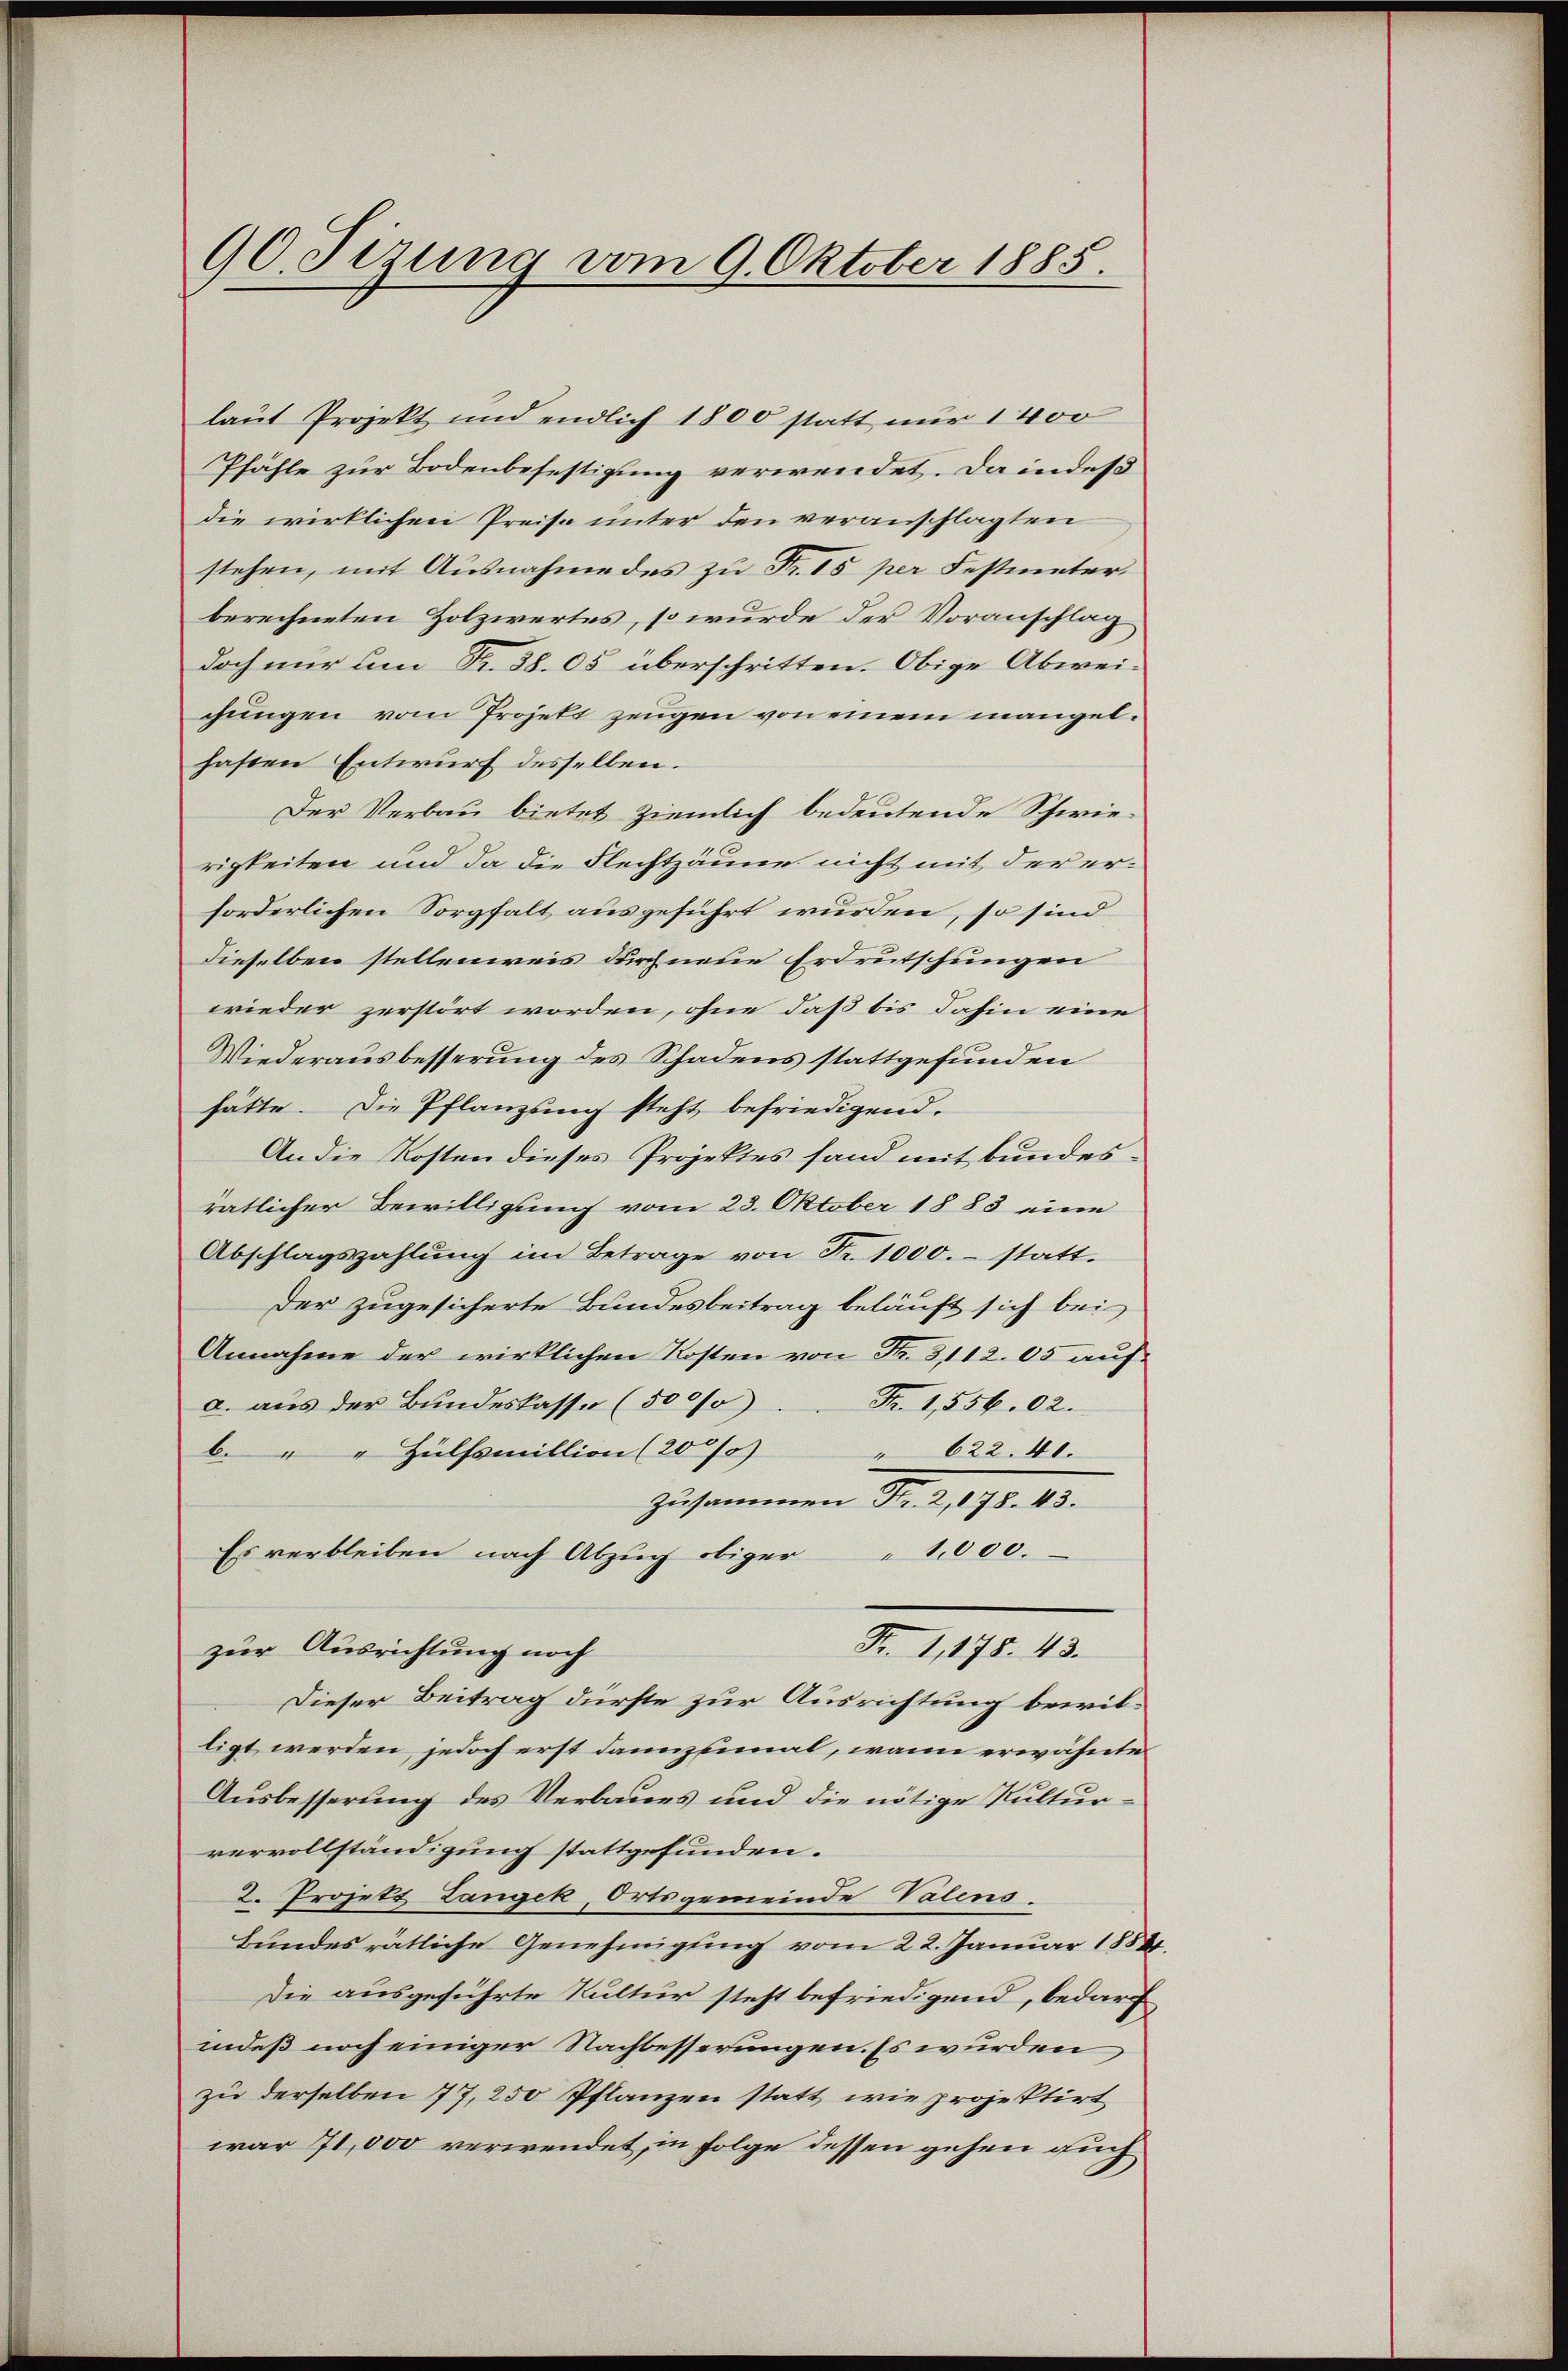
90. Sizung vom 9. Oktober 1885.

laut Projekt und endlich 1800 statt nur 1400
Pfähle zur Bodenbefestigung verwendet. Da indeß
die wirklichen Preise unter den veranschlagten
stehen, mit Ausnahme des zu Fr. 15 per Festmeter.
berechneten Holzwertes, so wurde der Voranschlag
doch nur um Fr. 38. 05 überschritten. Obige Abweichungen vom Projekt zeugen von einem mangelhasten Entwurf desselben.
Der Verbau bietet ziemlich bedeutende Schwierigkeiten und da die Flechtzäune nicht mit der erforderlichen Sorgfalt ausgeführt wurden, so sind
dieselben stellenweis durch neue Erdrutschungen
wieder zerstört worden, ohne daß bis dahin eine
Wiederausbesserung des Schadens stattgefunden
hätte. Die Pflanzung steht befriedigend.
An die Kosten dieses Projektes fand mit bundesratlicher Bewilligung vom 23. Oktober 1883 eine
Abschlagszahlŭng im Betrage von Fr. 1000.- statt.
Der zugesicherte Bundesbeitrag beläuft sich bei
Annahme der wirklichen Kosten von Fr. 312. 05 aufa. aus der Bundeskasse (500%)
Fr. 1,556. 02.
b. " " Hülfsmillion (20 % " 622. 41.
zusammen Fr. 2. 190. 15.
Es verbleiben nach Abzug obiger "1,000.
Fr. 1,178. 43.
zur Ausrichtung noch
Dieser Beitrag dürfte zur Ausrichtung bewilligt werden, jedoch erst dannzumal, wann erwähnte
Ausbesserung des Verbaues und die nötige Kulturvervollständigung stattgefunden.
2. Projekt Langek, Ortsgemeinde Valens-
Bundesrätliche Genehmigung vom 22. Januar 1884.
Die ausgeführte Kultur steht befriedigend, bedarff
indeß noch einiger Nachbesserungen. Es wurden
zu derselben 77, 250 Pflanzen statt, wie projektirt
war 71,000 verwendet, in Folge dessen gehen auch